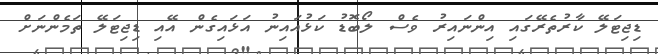
ޑިޖިޓަލޭ ކާރުތެރޭގައި އިންނައިރު ވެސް ލޯބޮޑު ކަޅުއައިނު އަޅައިގެން އޭއި ޑިޖިޓަލޭ ތަމެންނަށް